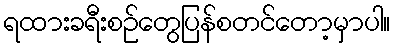
ရထားခရီးစဉ်တွေပြန်စတင်တော့မှာပါ။